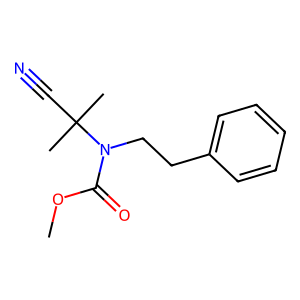
SMILES: COC(=O)N(CCc1ccccc1)C(C)(C)C#N
Inhibits HIV replication: No